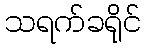
သရက်ခရိုင်